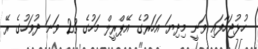
ހުޅުޖަހާފައި ވަނީ މިދިޔަ އަހަރުގެ އޭޕްރީލް މަހުގެ 23 ވަނަ ދުވަހުގެ ރޭ